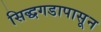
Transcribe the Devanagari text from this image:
सिद्धगडापासून